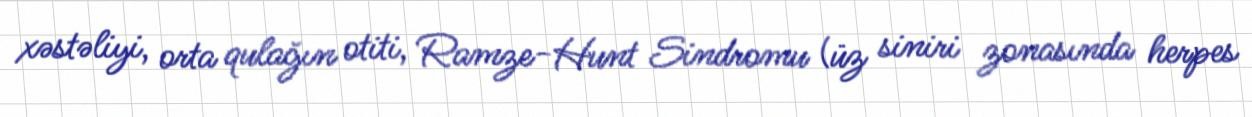
xəstəliyi, orta qulağın otiti, Ramze-Hunt Sindromu (üz siniri zonasında herpes